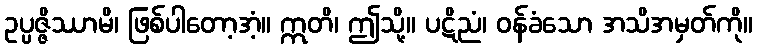
ဥပ္ပဇ္ဇိဿာမိ၊ ဖြစ်ပါတော့အံ့။ ဣတိ၊ ဤသို့။ ပဋိညံ၊ ဝန်ခံသော အသိအမှတ်ကို။